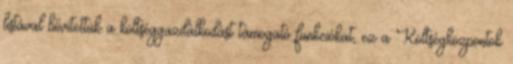
listával bővítettük a költséggazdálkodást támogató funkciókat, ez a Költségközpontok